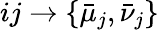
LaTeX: ij\rightarrow\{ \bar{\mu}_{j},\bar{\nu}_{j}\}